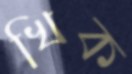
খিক